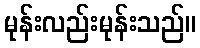
မုန်းလည်းမုန်းသည်။